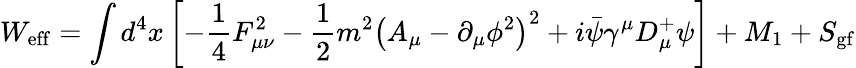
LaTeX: W_{\mathrm{eff}}=\int d^{4}x\left[-\frac{1}{4}F_{\mu\nu}^{2}-\frac{1}{2}m^{2}{\left(A_{\mu}-{\partial_{\mu}\phi^{2}}\right)}^{2}+i\bar{\psi}\gamma^{\mu}D_{\mu}^{+}\psi\right]+M_{1}+S_{\mathrm{gf}}